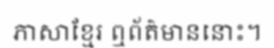
ភាសាខ្មែរ ឮព័ត៌មាននោះ។